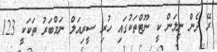
ރޭ ދެން ނީލަން ކީ ނޫޓްތަކުގައި ހުރި ސީރިއަލް ނަމްބަރު ތަކަކީ 123